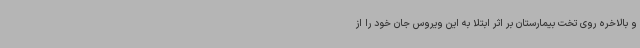
و بالاخره روی تخت بیمارستان بر اثر ابتلا به این ویروس جان خود را از